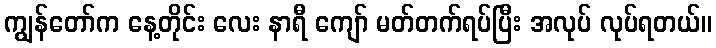
ကျွန်တော်က နေ့တိုင်း လေး နာရီ ကျော် မတ်တက်ရပ်ပြီး အလုပ် လုပ်ရတယ်။